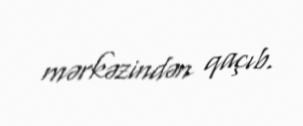
mərkəzindən qaçıb.